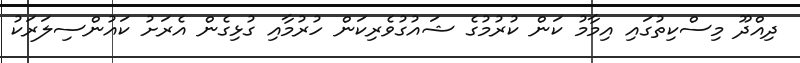
ދިއްދޫ މިސްކިތުގައި އިމާމު ކަން ކުރުމުގެ ޝައުގުވެރިކަން ހުރުމާއި ގުޅިގެން އެރަށު ކައުންސިލަރަކު